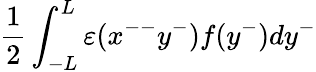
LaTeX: \frac{1}{2}\int_{-L}^{L}{\varepsilon}(x^{--}y^{-})f(y^{-})dy^{-}